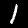
Digit: 1